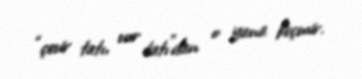
“çevir tatı, vur tatı”dan o yana keçmir.